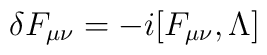
\delta F_{\mu\nu}=-i[F_{\mu\nu},\Lambda]